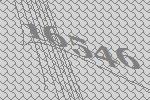
16546